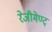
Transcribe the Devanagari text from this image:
रेजीमेण्ट्